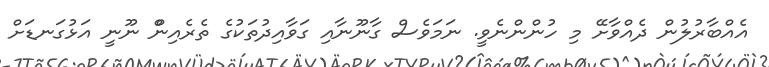
އެއްބާރުލުން ދެއްވާށޭ މި ހުންންނެވީ. ނަމަވެސް ގާނޫނާއި ގަވާއިދުތަކުގެ ތެރެއިންް ނޫނީ އަޅުގަނޑަށް